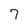
Character: 7